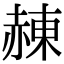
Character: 𧹩